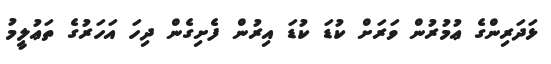
ޅަދަރިންގެ ޢުމުރުން ވަރަށް ކުޑަ ކުޑަ އިރުން ފެށިގެން ދިހަ އަހަރުގެ ތަޢުލީމު